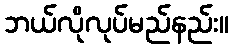
ဘယ်လိုလုပ်မည်နည်း။